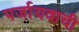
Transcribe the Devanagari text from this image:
पर्जायवाची